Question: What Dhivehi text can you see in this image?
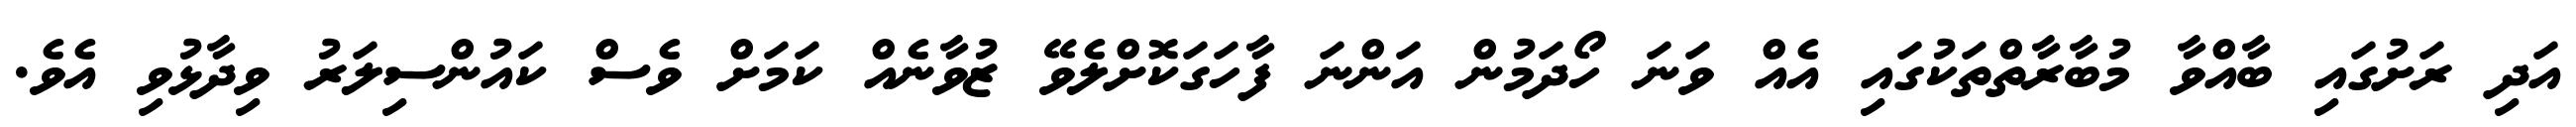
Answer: އަދި ރަށުގައި ބާއްވާ މުބާރާތްތަކުގައި އެއް ވަނަ ހޯދަމުން އަންނަ ފާހަގަކޮށްލެވޭ ޒުވާނެއް ކަމަށް ވެސް ކައުންސިލަރު ވިދާޅުވި އެވެ.